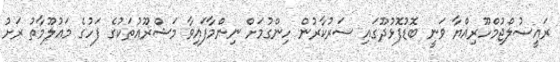
ރައީސުލްޖުމްހޫރިއްޔާ ވަނީ ބޮޑުފޮޅުދޫގައި ސަރުކާރުން ހިންގުމަށް ނިންމާފައިވާ މަޝްރޫޢުތަކުގެ ފަހުގެ މަޢުލޫމާތު ރަށު